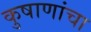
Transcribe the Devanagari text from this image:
कुषाणांचा